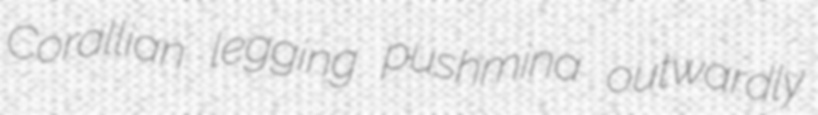
Corallian legging pushmina outwardly